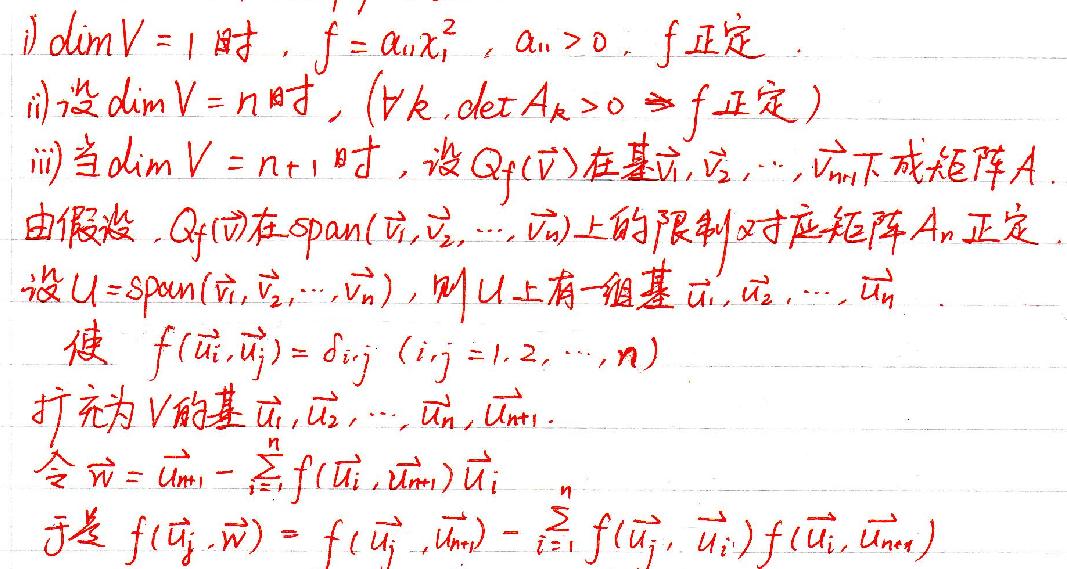
i) 当\(\dim V = 1\)时，\(f'=a_{11}x_{1}^{2},a_{11}>0\)，\(f\)正定。

ii) 设\(\dim V=n\)时，\((\forall k,\det A_{k}>0\Rightarrow f正定)\)

iii) 当\(\dim V=n + 1\)时，设\(Q_{f}(V)\)在基\(\vec{v}_{1},\vec{v}_{2},\cdots,\vec{v}_{n+1}\)下成矩阵\(A\)。

由假设，\(Q_{f}(V)\)在\(\text{span}(\vec{v}_{1},\vec{v}_{2},\cdots,\vec{v}_{n})\)上的限制\(Q\)对应矩阵\(A_{n}\)正定。

设\(U=\text{span}(\vec{v}_{1},\vec{v}_{2},\cdots,\vec{v}_{n})\)，则\(U\)上有一组基\(\vec{u}_{1},\vec{u}_{2},\cdots,\vec{u}_{n}\)

使\(f(\vec{u}_{i},\vec{u}_{j})=\delta_{ij}(i,j = 1,2,\cdots,n)\)

扩充为\(V\)的基\(\vec{u}_{1},\vec{u}_{2},\cdots,\vec{u}_{n},\vec{u}_{n+1}\)

令\(\vec{w}=\vec{u}_{n+1}-\sum_{i = 1}^{n}f(\vec{u}_{i},\vec{u}_{n+1})\vec{u}_{i}\)

于是\(f(\vec{u}_{j},\vec{w})=f(\vec{u}_{j},\vec{u}_{n+1})-\sum_{i = 1}^{n}f(\vec{u}_{j},\vec{u}_{i})f(\vec{u}_{i},\vec{u}_{n+1})\)